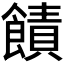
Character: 𫗙